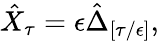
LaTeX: \hat{X}_{\tau}=\epsilon\hat{\Delta}_{[\tau/\epsilon]},